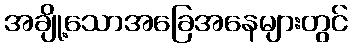
အချို့သောအခြေအနေများတွင်